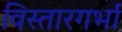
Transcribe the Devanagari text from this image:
विस्तारगर्भा